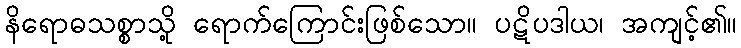
နိရောဓသစ္စာသို့ ရောက်ကြောင်းဖြစ်သော။ ပဋိပဒါယ၊ အကျင့်၏။